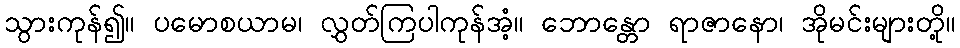
သွားကုန်၍။ ပမောစယာမ၊ လွှတ်ကြပါကုန်အံ့။ ဘောန္တော ရာဇာနော၊ အိုမင်းများတို့။